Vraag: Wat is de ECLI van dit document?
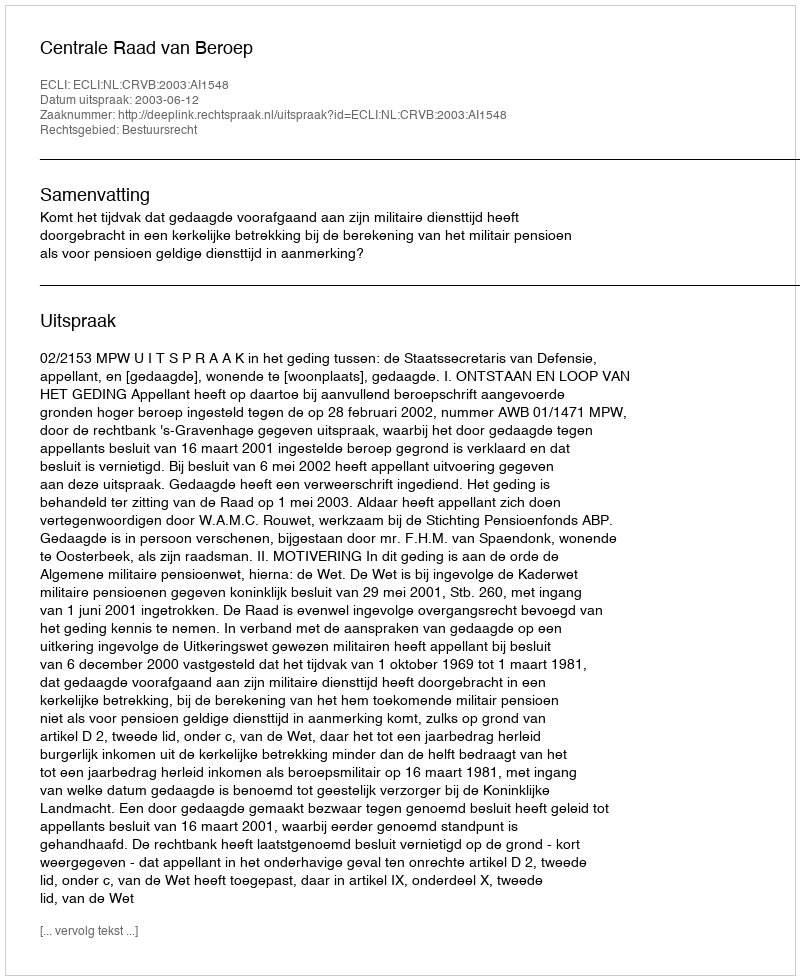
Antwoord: ECLI:NL:CRVB:2003:AI1548